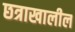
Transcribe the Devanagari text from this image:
छत्राखालील